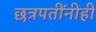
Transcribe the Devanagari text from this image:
छत्रपतींनीही